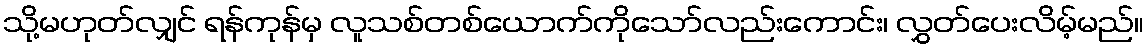
သို့မဟုတ်လျှင် ရန်ကုန်မှ လူသစ်တစ်ယောက်ကိုသော်လည်းကောင်း၊ လွှတ်ပေးလိမ့်မည်။